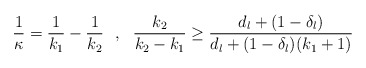
\begin{align*}\frac{1}{\kappa} = \frac{1}{k_{1}} - \frac{1}{k_{2}} \ \ , \ \ \frac{k_2}{k_{2} - k_{1}} \geq\frac{d_{l} + (1-\delta_{l})}{d_{l} + (1-\delta_{l})(k_{1}+1)} \end{align*}